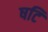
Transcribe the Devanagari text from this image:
षटि